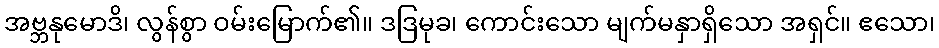
အဗ္ဘနုမောဒိ၊ လွန်စွာ ဝမ်းမြောက်၏။ ဒဒြမုခ၊ ကောင်းသော မျက်မနှာရှိသော အရှင်။ ဧသော၊